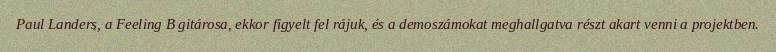
Paul Landers, a Feeling B gitárosa, ekkor figyelt fel rájuk, és a demoszámokat meghallgatva részt akart venni a projektben.